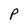
Character: P